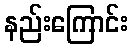
နည်းကြောင်း